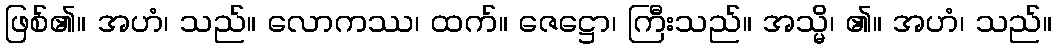
ဖြစ်၏။ အဟံ၊ သည်။ လောကဿ၊ ထက်။ ဇေဋ္ဌော၊ ကြီးသည်။ အသ္မိ၊ ၏။ အဟံ၊ သည်။